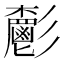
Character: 𩰧